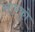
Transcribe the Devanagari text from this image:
साएको